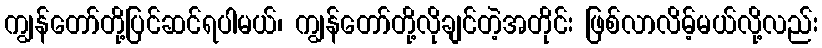
ကျွန်တော်တို့ပြင်ဆင်ရပါမယ်၊ ကျွန်တော်တို့လိုချင်တဲ့အတိုင်း ဖြစ်လာလိမ့်မယ်လို့လည်း